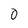
Character: 0